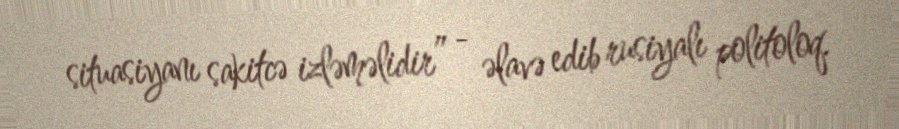
situasiyanı sakitcə izləməlidir” - əlavə edib rusiyalı politoloq.